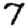
Digit: 7